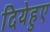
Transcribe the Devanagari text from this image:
दियेहुए